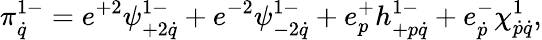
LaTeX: \pi_{\dot{q}}^{1-}=e^{+2}\psi_{+2\dot{q}}^{1-}+e^{-2}\psi_{-2\dot{q}}^{1-}+e_{p}^{+}h_{+p\dot{q}}^{1-}+e_{\dot{p}}^{-}\chi_{\dot{p}\dot{q}}^{1},